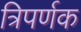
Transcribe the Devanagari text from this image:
त्रिपर्णक